Lunatic asylums Punjab 1881-1894 - 1881-1894
Year: 1881
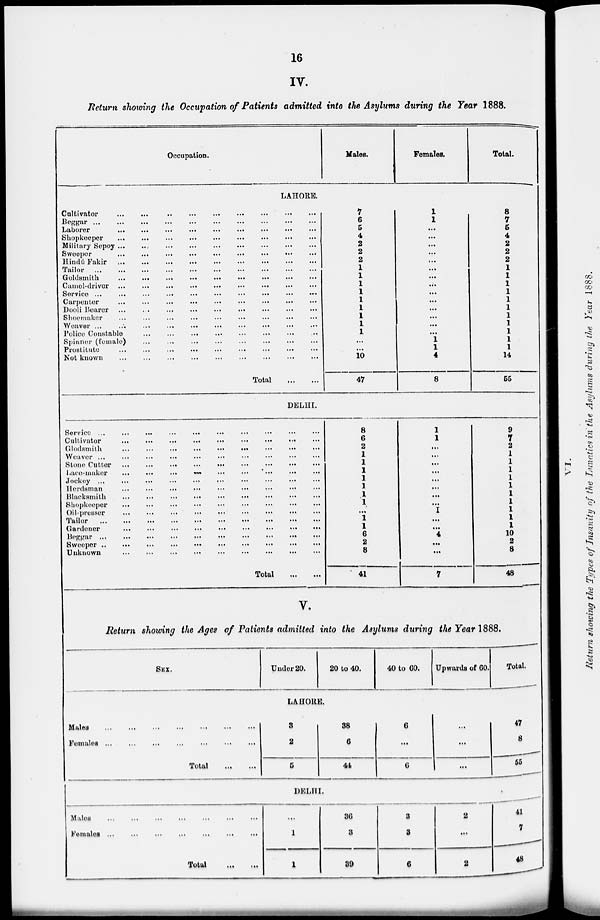
16
IV.
Return showing the Occupation of Patients admitted into the Asylums during the Year 1888.
Occupation.
Males.
Females.
Total.
LAHORE.
Cultivator
...
...
...
...
...
...
...
...
Beggar
...
...
...
...
...
...
...
...
Laborer ... ... ... ... ... ... ... ...
Shopkeeper
...
...
...
...
...
...
...
...
Military Sepoy ...
...
Sweeper
...
...
...
...
...
...
...
...
Hindu Fakir
...
...
...
...
...
...
...
...
Tailor
...
...
...
...
...
...
...
...
Goldsmith
...
...
...
...
...
Camel-driver ...
...
...
Service ...
...
...
...
Carpenter ... ... ... ... ... ... ... ...
Dooli Bearer ... ... ... ... ... ... ... ...
Shoemaker ... ... ... ... ... ... ... ...
Weaver ... ... ... ... ... ... ... ... ...
Police Constable
...
...
...
Spinner (female) ... ... ... ... ... ... ... ...
Prostitute ... ... ... ... ... ... ... ...
Not known ... ... ... ... ... ... ... ...
Total
7
6
5
4
2
2
2
1
1
1
1
1
1
1
1
1
...
...
10
47
1
1
...
...
...
...
...
...
...
...
...
...
...
...
...
...
1
1
4
8
8
7
5
4
2
2
2
1
1
1
1
1
1
1
1
1
1
1
14
55
DELHI.
Service ...
...
...
...
...
...
...
Cultivator
...
...
...
...
...
...
...
...
Glodsmith
...
...
...
...
...
...
...
...
...
Weaver ...
...
...
...
...
...
...
...
...
...
Stone Cutter ...
...
...
...
...
Lace-maker
...
...
...
...
...
...
...
...
Jockey ... ... ... ... ... ... ... ...
Herdsman ... ... ... ... ... ... ... ...
Blacksmith
...
...
...
...
...
...
Shopkeeper
...
...
...
...
Oil-prosser
...
...
...
...
Tailor
...
...
...
...
Gardener
...
...
...
...
...
...
...
Beggar ...
...
...
...
...
...
...
...
...
Sweeper ..
...
...
...
...
...
...
...
...
...
Uuknown
...
...
...
...
...
...
...
...
Total...
...
8
6
2
1
1
1
1
1
1
1
...
1
1
6
2
8
41
1
1
...
...
...
...
...
...
...
...
1
...
...
4
...
...
7
9
7
2
1
1
1
1
1
1
1
1
1
1
10
2
8
48
V.
Return showing the Ages of Patients admitted into the Asylums during the Year 1888.
SEX.
Under 20.
20 to 40.
40 to 60.
Upwards of 60.
Total.
LAHORE.
Males
...
...
...
...
Females ... ... ... ...
Total
...
...
8
2
5
38
6
44
6
...
6
...
...
...
47
8
55
DELHI.
Males ... ... ... ...
Females
...
...
...
...
Total
...
...
...
1
1
36
3
39
3
3
6
2
...
2
41
7
48